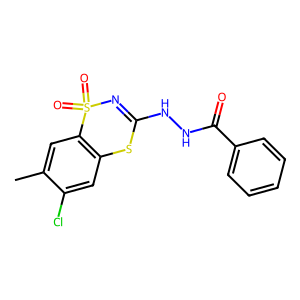
SMILES: Cc1cc2c(cc1Cl)SC(NNC(=O)c1ccccc1)=NS2(=O)=O
Inhibits HIV replication: No